Annual report of the Bengal Veterinary College and of the Civil Veterinary Department, Bengal, for the year 1916-17 - 1916-1917
Year: 1916
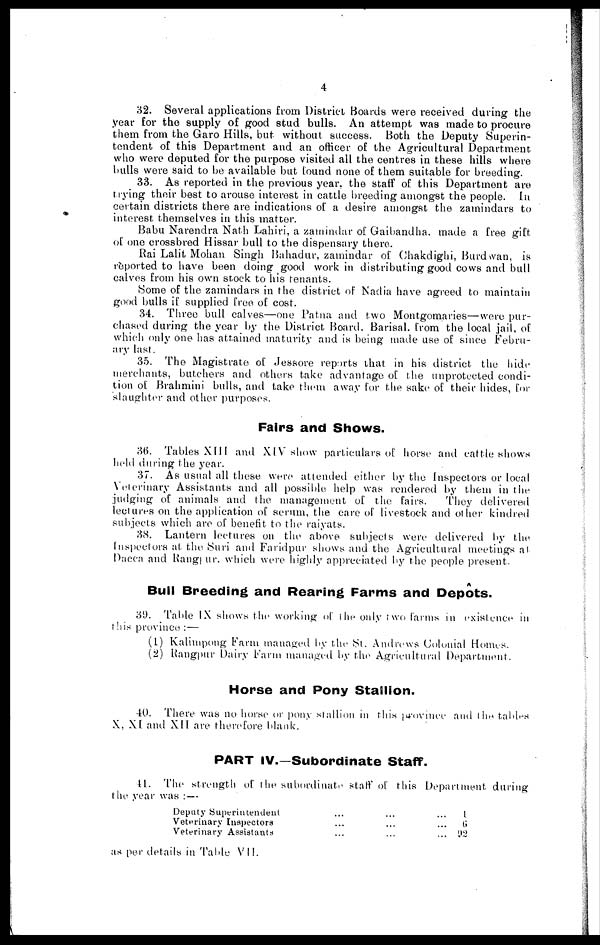
4
32. Several applications from District Boards were received during the
year for the supply of good stud bulls. An attempt was made to procure
them from the Garo Hills, but without success. Both the Deputy Superin-
tendent of this Department and an officer of the Agricultural Department
who were deputed for the purpose visited all the centres in these hills where
bulls were said to be available but found none of them suitable for breeding.
33. As reported in the previous year, the staff of this Department are
trying their best to arouse interest in cattle breeding amongst the people. In
certain districts there are indications of a desire amongst the zamindars to
interest themselves in this matter.
Babu Narendra Nath Lahiri, a zamindar of Gaibandha, made a free gift
of one crossbred Hissar bull to the dispensary there.
Rai Lalit Mohan Singh Bahadur, zamindar of Chakdighi, Burdwan, is
reported to have been doing good work in distributing good cows and bull
calves from his own stock to his tenants.
Some of the zamindars in the district of Nadia have agreed to maintain
good bulls if supplied free of cost.
34. Three bull calves—one Patna and two Montgomaries—were pur-
chased during the year by the District Board, Barisal. from the local jail, of
which only one has attained maturity and is being made use of since Febru-
ary last.
35. The Magistrate of Jessore reports that in his district the hide
merchants, butchers and others take advantage of the unprotected condi-
tion of Brahmini bulls, and take them away for the sake of their hides, for
slaughter and other purposes.
Fairs and Shows.
36. Tables XIII and XIV show particulars of horse and cattle shows
held during the year.
37. As usual all these were attended either by the inspectors or local
Veterinary Assistants and all possible help was rendered by them in the
judging of animals and the management of the fairs.
They delivered
lectures on the application of serum, the care of livestock and other kindred
subjects which are of benefit to the raiyats.
38. Lantern lectures on the above subjects were delivered by the
Inspectors at the Suri and Faridpur shows and the Agricultural meetings at
Dacca and Rangpur which were highly appreciated by the people present.
A
Bull Breeding and Rearing Farms and Depots.
39. Table IX shows the working of the only two farms in existence in
this province:—
(1) Kalimpong Farm managed by the St. Andrews Colonial Homes.
(2) Rangpur Dairy Farm managed by the Agricultural Department.
Horse and Pony Stallion.
40. There was no horse or pony stallion in this province and the tables
X, XI and XII are therefore blank.
PART IV.—Subordinate Staff.
41. The strength of the subordinate staff of this Department during
the year was:—
Deputy Superintendent
Veterinary Inspectors
Veterinary Assistants
...
...
...
...
...
...
...
...
...
1
6
92
as per details in Table VII.